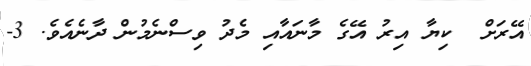
އޭރަށް  ކިޔާ އިރު އޭގެ މާނައާއި މެދު ވިސްނެމުން ދާނެއެވެ. 3-